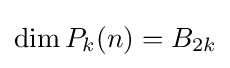
\dim P_{k}(n)=B_{2k}